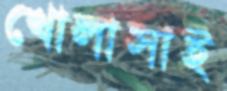
খোলাসাই